Source: Handwritten
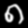
Digit: ၈ (8)